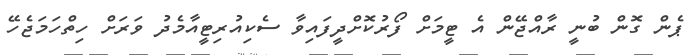
ޕެން ގޮން ބުނީ ރާއްޖޭން އެ ޓީމަަށް ފޯރުކޮށްދީފައިވާ ސެކިއުރިޓީއާމެދު ވަރަށް ހިތްހަމަޖެހޭ